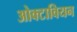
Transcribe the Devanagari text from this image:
ओक्टावियन